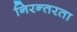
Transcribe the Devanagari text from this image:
निरन्‍तरता